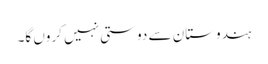
ہندوستان سے دوستی نہیں کروں گا۔